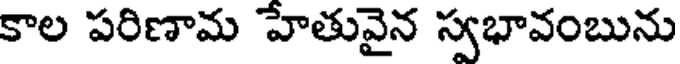
కాల పరిణామ హేతువైన స్వభావంబును